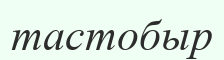
тастобыр